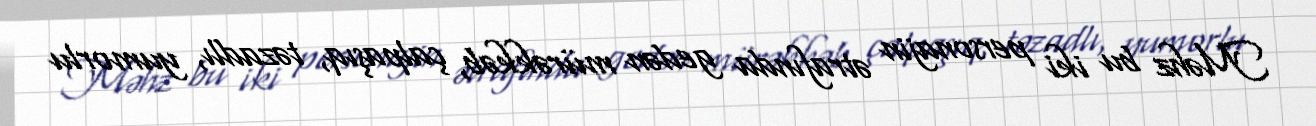
Məhz bu iki personajin ətrafında gedən mürəkkəb, çalpaşıq, təzadlı, yumorlu